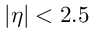
| \eta | < 2 . 5